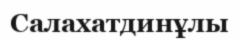
Салахатдинұлы